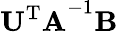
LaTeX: \mathbf{U^{\mathrm{T}}A}^{-1}\mathbf{B}